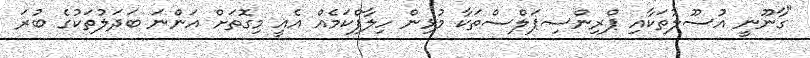
"ގާނޫނީ އުސޫލުތަކާއި ޕްރިންސިޕަލްސްތަކާ މުޅިން ހިލާފްކަމެއް އެއީ މިގޮތަށް އަންނަ ބަދަލުތަކުގެ ބުރަ